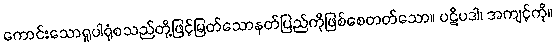
ကောင်းသောရူပါရုံစသည်တို့ဖြင့်မြတ်သောနတ်ပြည်ကိုဖြစ်စေတတ်သော။ ပဋိပဒါ၊ အကျင့်ကို။